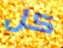
كل